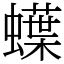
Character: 蠂